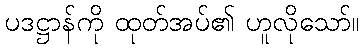
ပဒဋ္ဌာန်ကို ထုတ်အပ်၏ ဟူလိုသော်။